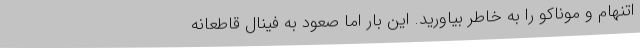
اتنهام و موناکو را به خاطر بیاورید. این بار اما صعود به فینال قاطعانه